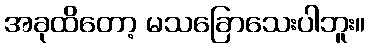
အခုထိတော့ မသခြောသေးပါဘူး။